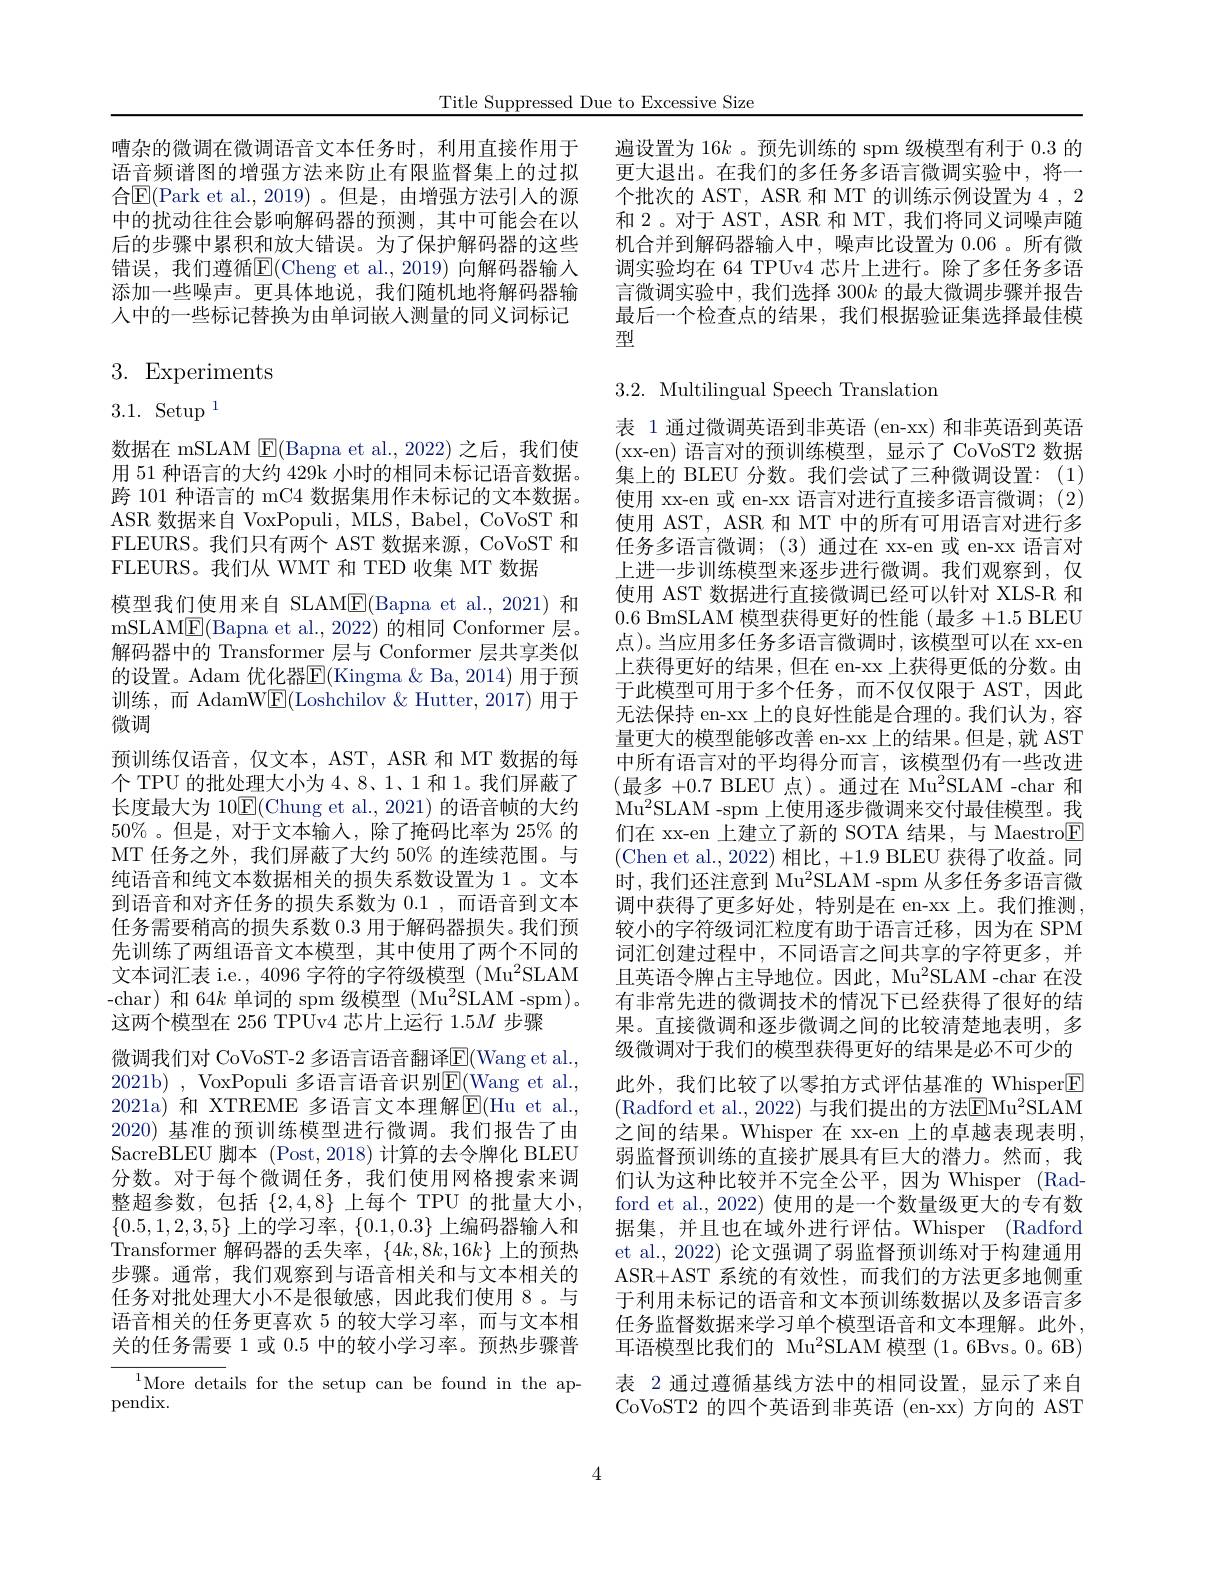
Title Suppressed Due to Excessive Size

嘈杂的微调在微调语音文本任务时，利用直接作用于 遍设置为 16$k$ 。预先训练的 spm 级模型有利于 0.3 的
语音频谱图的增强方法来防止有限监督集上的过拟合$\mathbb{E}($Park et al.,2019)。但是，由增强方法引入的源中的扰动往往会影响解码器的预测，其中可能会在以后的步骤中累积和放大错误。为了保护解码器的这些错误，我们遵循E$( Cheng et al. , 2019)$ 向解码器输人添加一些噪声。更具体地说，我们随机地将解码器输人中的一些标记替换为由单词嵌入测量的同义词标记

3. Experiments

$3.1.~\operatorname{Setup}^{1}$

数据在 mSLAM $\boxed{\mathrm{F}}($Bapna et al.,2022)之后，我们使用 51 种语言的大约 429k 小时的相同未标记语音数据。跨 101 种语言的 mC4 数据集用作未标记的文本数据。ASR 数据来自 VoxPopuli, MLS, Babel, CoVoST 和FLEURS。我们只有两个 AST 数据来源，CoVoST 和FLEURS。我们从 WMT 和 TED 收集 MT 数据
模型我们使用来自 SLAM$\underline{\mathrm{E}}($Bapna et al.,2021)和mSLAME(Bapna et al., 2022)的相同 Conformer 层。解码器中的 Transformer 层与 Conformer 层共享类似的设置。Adam 优化器$\underline{\mathrm{E}}($Kingma $\&$ Ba, 2014) 用于预训练，而 AdamW$\underline{\mathrm{E}}($Loshchilov &Hutter, 2017)用于微调
预训练仅语音，仅文本，AST, ASR 和 MT 数据的每个 TPU 的批处理大小为 4、8、1、1 和 1。我们屏蔽了长度最大为 10$\mathbb{E}($Chung et al., 2021) 的语音帧的大约$50\%$。但是，对于文本输入，除了掩码比率为 25% 的MT 任务之外，我们屏蔽了大约 50% 的连续范围。与纯语音和纯文本数据相关的损失系数设置为1。文本到语音和对齐任务的损失系数为0.1,而语音到文本任务需要稍高的损失系数 0.3 用于解码器损失。我们预先训练了两组语音文本模型，其中使用了两个不同的文本词汇表 i.e., 4096 字符的字符级模型 (Mu$^2$SLAM -char) 和 64$k$单词的 spm 级模型 (Mu$^2$SLAM -spm)。这两个模型在 256 TPUv4 芯片上运行 1.5$M$步骤
微调我们对 CoVoST-2 多语言语音翻译$\underline{\mathrm{E}}($Wang et al., 2021b) , VoxPopuli 多语言语音识别$\overline{\mathrm{E}}($Wang et al., 2021a) 和 XTREME 多语言文本理解$\operatorname{E}($Hu et al., 2020) 基准的预训练模型进行微调。我们报告了由SacreBLEU 脚本 (Post,2018)计算的去令牌化 BLEU 分数。对于每个微调任务，我们使用网格搜索来调整超参数，包括$\{2,4,8\}$上每个 TPU 的批量大小， $\{0.5,1,2,3,5\}$上的学习率$,\{0.1,0.3\}$上编码器输人和Transformer 解码器的丢失率，$\{4k,8k,16k\}$上的预热步骤。通常，我们观察到与语音相关和与文本相关的任务对批处理大小不是很敏感，因此我们使用 8。与语音相关的任务更喜欢 5 的较大学习率，而与文本相关的任务需要 1 或 0.5 中的较小学习率。预热步骤普
$\overset{1}{\operatorname*{\text{More details for the setup can be found in the ap-}}}$

pendix.

更大退出。在我们的多任务多语言微调实验中，将一个批次的 AST, ASR 和 MT 的训练示例设置为 4 , 2和 2。对于 AST, ASR 和 MT, 我们将同义词噪声随机合并到解码器输入中，噪声比设置为0.06 。所有微调实验均在 64 TPUv4 芯片上进行。除了多任务多语言微调实验中，我们选择 300$k$的最大微调步骤并报告最后一个检查点的结果，我们根据验证集选择最佳模型

# 3.2. Multilingual Speech Translation

表 1 通过微调英语到非英语 (en-xx) 和非英语到英语( xx- en) 语言对的预训练模型，显示了 CoVoST2 数据集上的 BLEU 分数。我们尝试了三种微调设置：(1) 使用 xx-en 或 en-xx 语言对进行直接多语言微调；(2) 使用 AST, ASR 和 MT 中的所有可用语言对进行多任务多语言微调；(3)通过在 xx-en 或 en-xx 语言对上进一步训练模型来逐步进行微调。我们观察到，仅使用 AST 数据进行直接微调已经可以针对 XLS-R 和0.6 BmSLAM 模型获得更好的性能(最多 +1.5 BLEU 点)。当应用多任务多语言微调时，该模型可以在 xx-en 上获得更好的结果，但在 en-xx 上获得更低的分数。由于此模型可用于多个任务，而不仅仅限于 AST,因此无法保持 en-xx 上的良好性能是合理的。我们认为，容量更大的模型能够改善 en-xx 上的结果。但是，就 AST 中所有语言对的平均得分而言，该模型仍有一些改进(最多 +0.7 BLEU 点)。通过在 Mu$^2$SLAM -char 和M$u^{2}$SLAM - spm 上 使 用 逐 步 微 调 来 交 付 最 佳 模 型 。我 们在 xx-en 上建立了新的 SOTA 结果，与 Maestro$\boxed{\mathrm{F}}$ (Chen et al., 2022)相比，+1.9 BLEU 获得了收益。同时，我们还注意到 Mu$^{2}$SLAM -spm 从多任务多语言微调中获得了更多好处，特别是在 en-xx上。我们推测， 较小的字符级词汇粒度有助于语言迁移，因为在 SPM 词汇创建过程中，不同语言之间共享的字符更多，并且英语令牌占主导地位。因此，Mu$^2$SLAM -char 在没有非常先进的微调技术的情况下已经获得了很好的结果。直接微调和逐步微调之间的比较清楚地表明，多级微调对于我们的模型获得更好的结果是必不可少的此外，我们比较了以零拍方式评估基准的 Whisper$\boxed{\mathrm{E}}$ (Radford et al., 2022) 与我们提出的方法$\overline\text{EMu}^{2}$SLAM 之间的结果。Whisper 在 xx-en 上的卓越表现表明， 弱监督预训练的直接扩展具有巨大的潜力。然而，我们认为这种比较并不完全公平，因为 Whisper (Radford et al., 2022) 使用的是一个数量级更大的专有数据集，并且也在域外进行评估。Whisper (Radford et al., 2022) 论文强调了弱监督预训练对于构建通用ASR+AST 系统的有效性，而我们的方法更多地侧重于利用未标记的语音和文本预训练数据以及多语言多任务监督数据来学习单个模型语音和文本理解。此外， 耳语模型比我们的 Mu$^2$SLAM 模型 (1。6Bvs。0。6B) 表 2 通过遵循基线方法中的相同设置，显示了来自CoVoST2 的四个英语到非英语 (en-xx) 方向的 AST

4